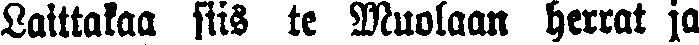
Laittakaa siis te Muolaan herrat ja